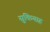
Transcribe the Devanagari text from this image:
सुकियाह